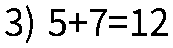
3) 5+7=12